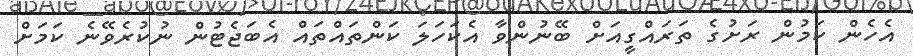
އެހެން ކަމުން ރަށުގެ ތަރައްގީއަށް ބޭނުންވާ އެކަހަލަ ކަންތައްތައް އެބަޖެޓުން ނުކުރެވޭނެ ކަމަށް